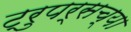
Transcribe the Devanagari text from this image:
ट्रुपर्सच्या